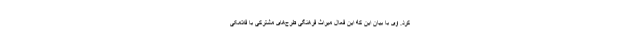
کرد. وی با بیان این که این فعال میراث فرهنگی طرح‌های مشترکی با فلامکی